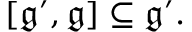
[ { \mathfrak { g ^ { \prime } } } , { \mathfrak { g } } ] \subseteq { \mathfrak { g ^ { \prime } } } .